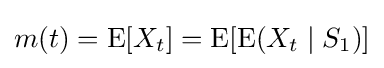
m(t)=\operatorname {E} [X_{t}]=\operatorname {E} [\operatorname {E} (X_{t}\mid S_{1})]